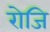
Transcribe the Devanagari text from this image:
रोजि